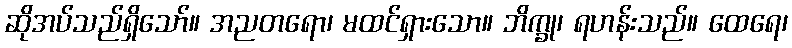
ဆိုအပ်သည်ရှိသော်။ အညတရော၊ မထင်ရှားသော။ ဘိက္ခု၊ ရဟန်းသည်။ ထေရေ၊